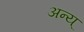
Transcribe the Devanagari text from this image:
अन्य्